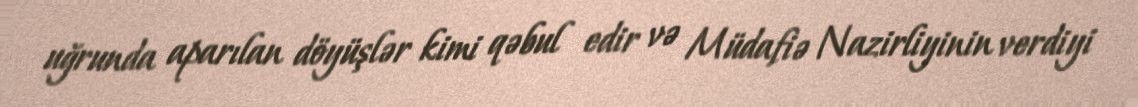
uğrunda aparılan döyüşlər kimi qəbul edir və Müdafiə Nazirliyinin verdiyi